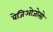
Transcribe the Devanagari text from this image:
बेजिओजोसो